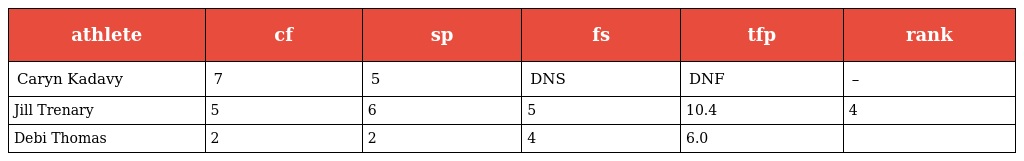
| athlete | cf | sp | fs | tfp | rank |
 | --- | --- | --- | --- | --- | --- |
 | Caryn Kadavy | 7 | 5 | DNS | DNF | – |
 | Jill Trenary | 5 | 6 | 5 | 10.4 | 4 |
 | Debi Thomas | 2 | 2 | 4 | 6.0 |  |